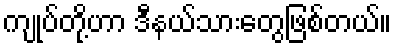
ကျုပ်တို့ဟာ ဒီနယ်သားတွေဖြစ်တယ်။